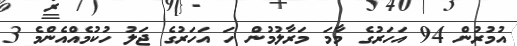
އުމުރުން 94 އަހަރުގެ މާމަ މަރާލުމުން ހަ އަހަރުގެ ޖަލު ހުކުމެއްއެންމެ 3